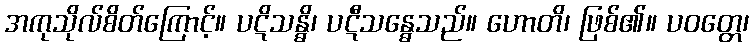
အကုသိုလ်စိတ်ကြောင့်။ ပဋိသန္ဓိ၊ ပဋီသန္ဓေသည်။ ဟောတိ၊ ဖြစ်၏။ ပဝတ္တေ၊